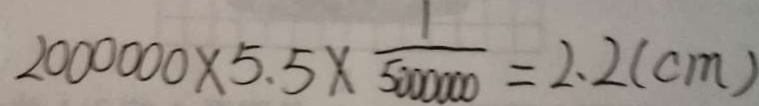
2 0 0 0 0 0 0 \times 5 . 5 \times \frac { 1 } { 5 0 0 0 0 0 0 } = 2 . 2 ( c m )